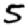
Digit: 5